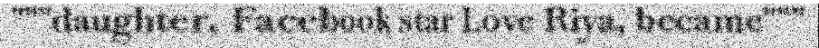
"""daughter, Facebook star Love Riya, became"""